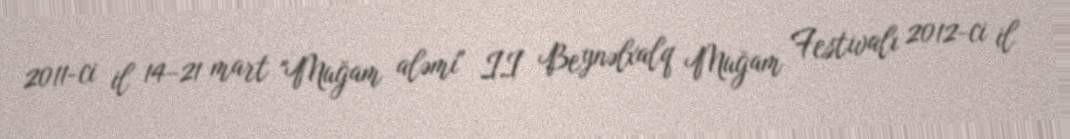
2011-ci il 14–21 mart "Muğam aləmi" II Beynəlxalq Muğam Festivalı 2012-ci il